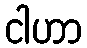
ငါဟာ